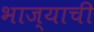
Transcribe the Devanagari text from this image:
भाज्याची